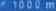
*1000m